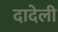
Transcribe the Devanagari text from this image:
दादेली